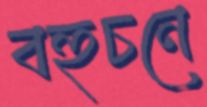
বহুচনে